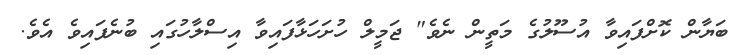
ބަޔާން ކޮށްފައިވާ އުސޫލުގެ މަތީން ނެވެ" ޖަމީލް ހުށަހަޅާފައިވާ އިސްލާހުގައި ބުނެފައިވެ އެވެ.